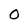
Character: O